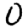
Digit: 0